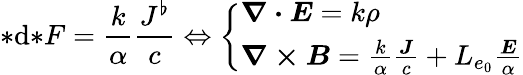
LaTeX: {*}\mathrm{d}{*}F=\frac{k}{\alpha}\frac{J^{\flat}}{c}\Leftrightarrow\left\{ \begin{array}{ll}{\boldsymbol{\nabla\cdot E}=k\rho}\\ {\boldsymbol{\nabla\times B}=\frac{k}{\alpha}\frac{\boldsymbol{J}}{c}+L_{e_{0}}\frac{\boldsymbol{E}}{\alpha}}\end{array}\right.